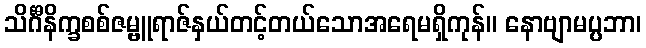
သိင်္ဂီနိက္ခစစ်ဇမ္ဗူရာဇ်နှယ်တင့်တယ်သောအရေမရှိကုန်။ နောဗျာမပ္ပဘာ၊